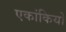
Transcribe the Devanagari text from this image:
एकांकियो